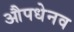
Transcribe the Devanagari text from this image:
औपधेनव